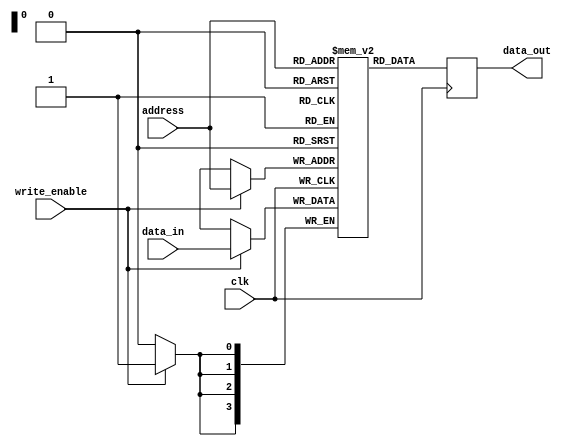
module singlePortRam(address, data_in, write_enable, clk, data_out);

	parameter 								DATA_WIDTH = 4;
	parameter 								ADDR_WIDTH = 4;
	parameter								INIT_FILE = "";
	
	input 		[(ADDR_WIDTH - 1):0]	address;
	input 		[(DATA_WIDTH - 1):0]	data_in;
	input										write_enable, clk;
	output reg 	[(DATA_WIDTH - 1):0]	data_out;
	
	reg signed [DATA_WIDTH - 1:0] mem[2**ADDR_WIDTH - 1:0]
	/* synthesis ramstyle = "M9K" */ ;
	
	always @ (posedge clk)
	begin
		if ( write_enable )
			mem[address] <= data_in;
		data_out <= mem[address];
	end
	
	initial
	begin
		if (INIT_FILE != "")
		begin
			$readmemb(INIT_FILE, mem);
		end
	end
	
endmodule